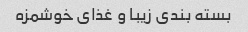
بسته بندی زیبا و غذای خوشمزه